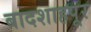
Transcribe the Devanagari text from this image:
बादशाहपूर